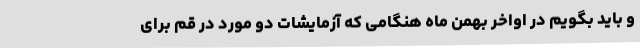
و باید بگویم در اواخر بهمن ماه هنگامی که آزمایشات دو مورد در قم برای